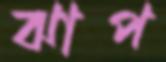
ঝাপ